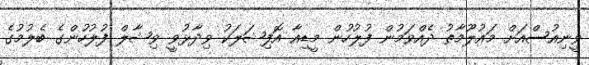
ވީނިއުސްއަށް މައުލޫމާތު ދެއްވަމުން ފުލުހުން މީޑިއާ އޮފިޝަލަކު ވިދާޅުވީ ވިޝާލް ފުލުހުންގެ ބެލުމުގެ